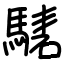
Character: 騞